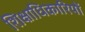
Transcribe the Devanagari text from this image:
शिक्षाधिकारियों